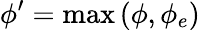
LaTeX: \phi^{\prime}=\mathrm{max}\left(\phi,\phi_{e}\right)